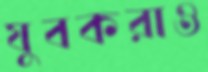
যুবকরাও